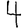
Digit: 4